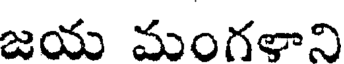
జయ మంగళాని